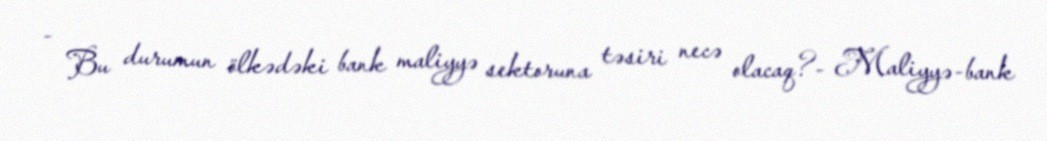
- Bu durumun ölkədəki bank maliyyə sektoruna təsiri necə olacaq?- Maliyyə-bank